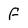
Character: f